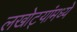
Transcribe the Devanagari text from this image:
लखोट्यांमध्ये